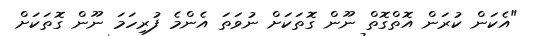
"އެކަން ކުރަން އޮޮތްގޮތް ނޫން ގޮތަކަށް ނުވަތަ އެންމެ ފުރިހަމަ ނޫން ގޮތަކަށް